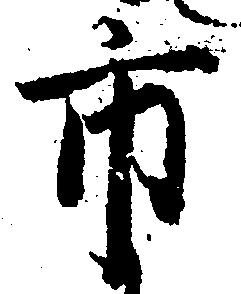
市